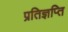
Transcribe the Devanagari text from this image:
प्रतिज्ञप्ति